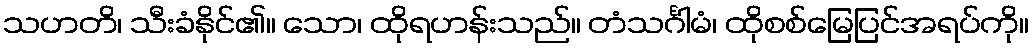
သဟတိ၊ သီးခံနိုင်၏။ သော၊ ထိုရဟန်းသည်။ တံသင်္ဂါမံ၊ ထိုစစ်မြေပြင်အရပ်ကို။